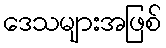
ဒေသများအဖြစ်